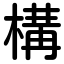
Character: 構